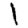
Digit: 1